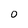
Character: 0